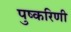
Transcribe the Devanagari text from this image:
पुष्‍करिणी